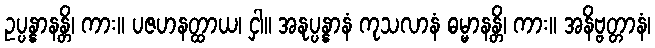
ဥပ္ပန္နာနန္တိ၊ ကား။ ပဇဟနတ္ထာယ၊ ငှါ။ အနုပ္ပန္နာနံ ကုသလာနံ ဓမ္မာနန္တိ၊ ကား။ အနိဗ္ဗတ္တာနံ၊